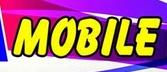
mobile